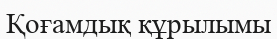
Қоғамдық құрылымы